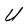
Character: U